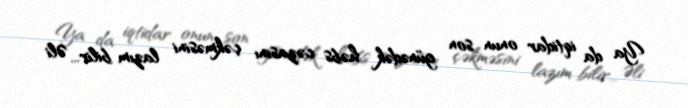
Ya da iqtidar onun son günədək həbs cəzasını çəkməsini lazım bilir... Əli